Annual report on the working of the Harcourt Butler Institute of Public Health, Rangoon
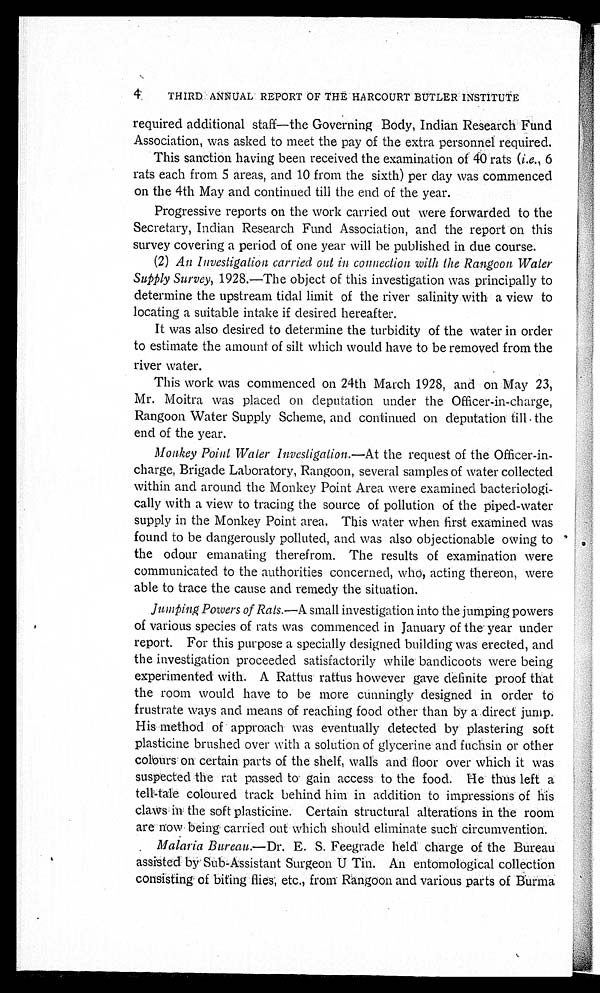
THIRD ANNUAL REPORT OF THE HARCOURT BUTLER INSTITUTE
required additional staff—the Governing Body, Indian Research Fund
Association, was asked to meet the pay of the extra personnel required.
This sanction having been received the examination of 40 rats ( i.e., 6
rats each from 5 areas, and 10 from the sixth) per day was commenced
on the 4th May and continued till the end of the year.
Progressive reports on the work carried out were forwarded to the
Secretary, Indian Research Fund Association, and the report on this
survey covering a period of one year will be published in due course.
(2) An Investigation carried out in connection with the Rangoon Water
S u p p l y S u r v e y , 1 9 2 8 . — T h e o b j e c t o f t h i s i n v e s t i g a t i o n w a s p r i n c i p a l l y t o
determine the upstream tidal limit of the river salinity with a view to
locating a suitable intake if desired hereafter.
It was also desired to determine the turbidity of the water in order
to estimate the amount of silt which would have to be removed from the
river water.
This work was commenced on 24th March 1928, and on May 23,
Mr. Moitra was placed on deputation under the Officer-in-charge,
Rangoon Water Supply Scheme, and continued on deputation till the
end of the year.
Monkey Point Water I n v e s t i g a t i o n . — A t
the request of the Officer-in- -
charge, Brigade Laboratory, Rangoon, several samples of water collected
within and around the Monkey Point Area were examined bacteriologi-
- c a l l y w i t h a v i e w t o t r a c i n g t h e s o u r c e o f p o l l u t i o n o f t h e p i p e d - w a t e r
supply in the Monkey Point area. This water when first examined was
found to be dangerously polluted, and was also objectionable owing to
the odour emanating therefrom. The results of examination were
communicated to the authorities concerned, who, acting thereon, were
able to trace the cause and remedy the situation.
Jumping Powers of Rats.— A
s m a l l i n v e s t i g a t i o n i n t o t h e j u m p i n g p o w e r s
of various species of rats was commenced in January of the year under
report. For this purpose a specially designed building was erected, and
the investigation proceeded satisfactorily while bandicoots were being
experimented with. A Rattus rattus however gave definite proof that
t he room woul d have t o be more cunni ngl y desi gned i n order t o
frustrate ways and means of reaching food other than by a direct jump.
His method of approach was eventually detected by plastering soft
plasticine brushed over with a solution of glycerine and fuchsin or other
colours on certain parts of the shelf, walls and floor over which it was
suspected the rat passed to gain access to the food. He thus left a
tell-tale coloured track behind him in addition to impressions of his
claws in the soft plasticine. Certain structural alterations in the room
are now being carried out which should eliminate such circumvention.
Malaria Bureau.—Dr. E. S. Feegrade held charge of the Bureau.
assisted by Sub-Assistant Surgeon U Tin. An entomological collection
consisting of biting flies; etc,, from Rangoon and various parts of Burma